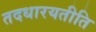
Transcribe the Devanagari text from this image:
तदधारयतीति